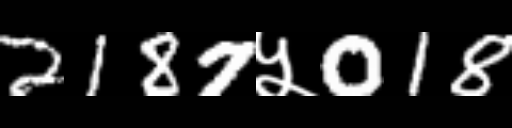
Text: 2187५018